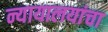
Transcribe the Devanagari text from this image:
न्यायालयांचा